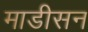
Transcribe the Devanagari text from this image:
माडीसन